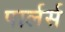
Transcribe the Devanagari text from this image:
पार्लर्स